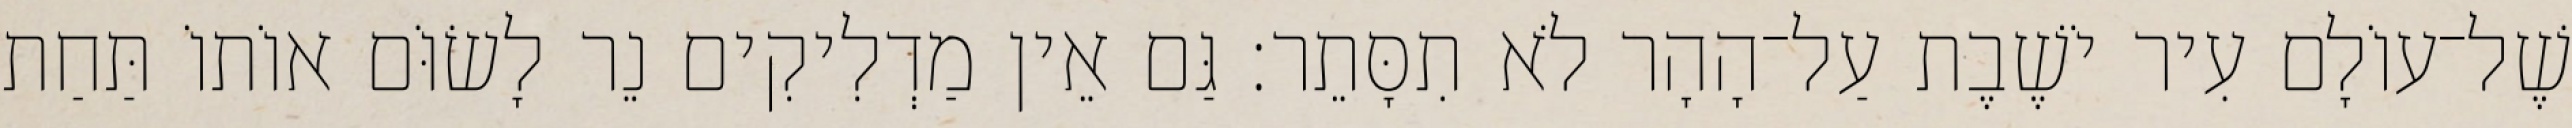
שֶׁל־עוֹלָם עִיר יֹשֶׁבֶת עַל־הָהָר לֹא תִסָּתֵר׃ גַּם אֵין מַדְלִיקִים נֵר לָשׂוֹּם אוֹתוֹ תַּחַת